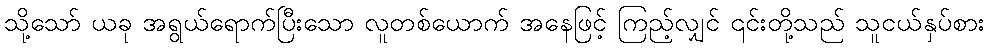
သို့သော် ယခု အရွယ်ရောက်ပြီးသော လူတစ်ယောက် အနေဖြင့် ကြည့်လျှင် ၎င်းတို့သည် သူငယ်နှပ်စား